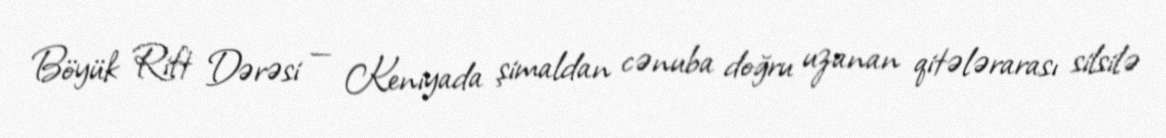
Böyük Rift Dərəsi — Keniyada şimaldan cənuba doğru uzanan qitələrarası silsilə